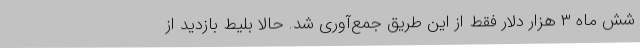
شش ماه ۳ هزار دلار فقط از این طریق جمع‌آوری شد. حالا بلیط بازدید از